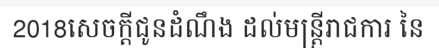
2018សេចក្តីជូនដំណឹង ដល់មន្ត្រីរាជការ នៃ